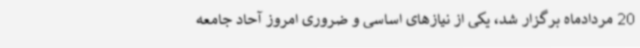
20 مردادماه برگزار شد، یکی از نیازهای اساسی و ضروری امروز آحاد جامعه